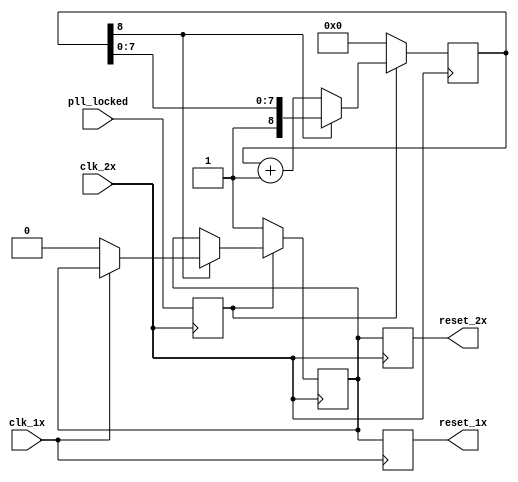
// This program was cloned from: https://github.com/dan-rodrigues/icestation-32
// License: MIT License

// reset_generator.v
//
// Copyright (C) 2020 Dan Rodrigues <danrr.gh.oss@gmail.com>
//
// SPDX-License-Identifier: MIT

`default_nettype none

module reset_generator #(
    parameter integer DURATION_EXPONENT = 8
) (
    input clk_1x,
    input clk_2x,
    input pll_locked,

    // (TODO: an actual user reset input, presumably from a button or otherwise)

    output reg reset_1x = 1,
    output reg reset_2x = 1
);
    reg pll_locked_r;

    always @(negedge clk_2x) begin
        pll_locked_r <= pll_locked;
    end

    reg [DURATION_EXPONENT:0] counter = 0;
    
    reg reset = 1;

    always @(negedge clk_2x) begin
        if (!pll_locked_r) begin
            counter <= 0;
            reset <= 1;
        end else begin
            if (!counter[DURATION_EXPONENT]) begin
                counter <= counter + 1;
            end else if (!clk_1x) begin
                // ensure that both reset_1x and reset_2x occur on the same rising edge
                reset <= 0;
            end
        end
    end

    always @(posedge clk_1x) begin
        reset_1x <= reset;
    end

    always @(posedge clk_2x) begin
        reset_2x <= reset;
    end

endmodule